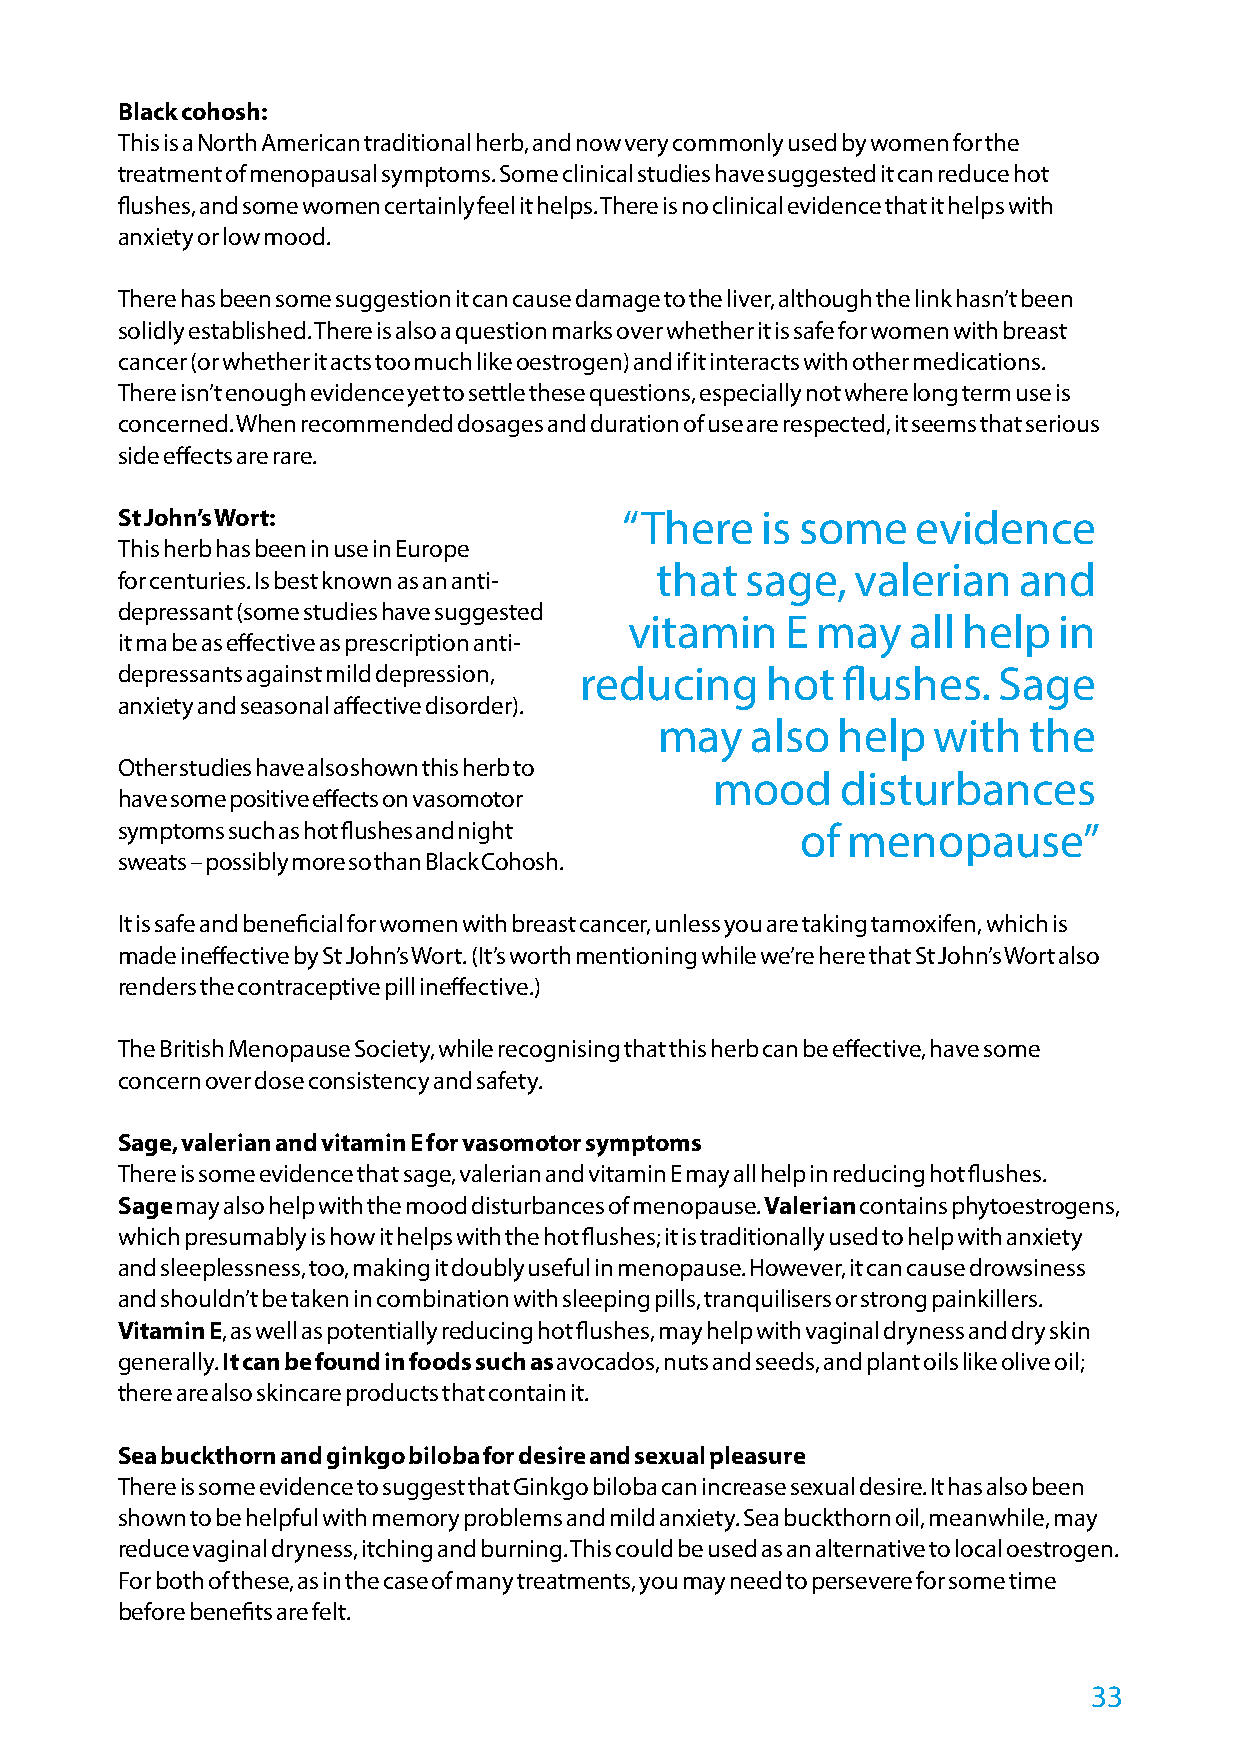
Black cohosh:
 This is a North American traditional herb, and now very commonly used by women for the
 treatment of menopausal symptoms. Some clinical studies have suggested it can reduce hot
 flushes, and some women certainly feel it helps. There is no clinical evidence that it helps with
 anxiety or low mood.
 There has been some suggestion it can cause damage to the liver, although the link hasn’t been
 solidly established. There is also a question marks over whether it is safe for women with breast
 cancer (or whether it acts too much like oestrogen) and if it interacts with other medications.
 There isn’t enough evidence yet to settle these questions, especially not where long term use is
 concerned. When recommended dosages and duration of use are respected, it seems that serious
 side effects are rare.
 St John’s Wort:                  “There   is some    evidence
 This herb has been in use in Europe
 that  sage,   valerian  and
 for centuries. Is best known as an anti-
 depressant (some studies have suggested
 vitamin   E may   all help  in
 it ma be as effective as prescription anti-
 depressants against mild depression, reducing hot flushes. Sage
 anxiety and seasonal affective disorder).
 may   also help   with  the
 Other studies have also shown this herb to
 mood     disturbances
 have some positive effects on vasomotor
 symptoms such as hot flushes and night       of menopause”
 sweats – possibly more so than Black Cohosh.
 It is safe and beneficial for women with breast cancer, unless you are taking tamoxifen, which is
 made ineffective by St John’s Wort. (It’s worth mentioning while we’re here that St John’s Wort also
 renders the contraceptive pill ineffective.)
 The British Menopause Society, while recognising that this herb can be effective, have some
 concern over dose consistency and safety.
 Sage, valerian and vitamin E for vasomotor symptoms
 There is some evidence that sage, valerian and vitamin E may all help in reducing hot flushes.
 Sage may also help with the mood disturbances of menopause. Valerian contains phytoestrogens,
 which presumably is how it helps with the hot flushes; it is traditionally used to help with anxiety
 and sleeplessness, too, making it doubly useful in menopause. However, it can cause drowsiness
 and shouldn’t be taken in combination with sleeping pills, tranquilisers or strong painkillers.
 Vitamin E, as well as potentially reducing hot flushes, may help with vaginal dryness and dry skin
 generally. It can be found in foods such as avocados, nuts and seeds, and plant oils like olive oil;
 there are also skincare products that contain it.
 Sea buckthorn and ginkgo biloba for desire and sexual pleasure
 There is some evidence to suggest that Ginkgo biloba can increase sexual desire. It has also been
 shown to be helpful with memory problems and mild anxiety. Sea buckthorn oil, meanwhile, may
 reduce vaginal dryness, itching and burning. This could be used as an alternative to local oestrogen.
 For both of these, as in the case of many treatments, you may need to persevere for some time
 before benefits are felt.
 33